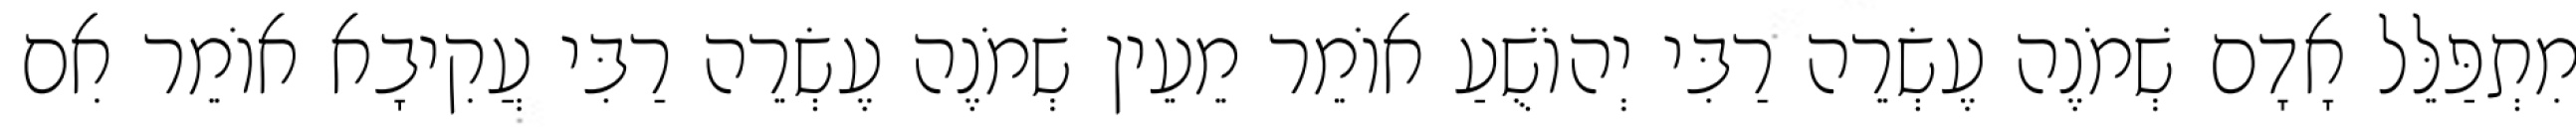
מִתְפַּלֵּל אָדָם שְׁמֹנֶה עֶשְׂרֵה רַבִּי יְהוֹשֻׁעַ אוֹמֵר מֵעֵין שְׁמֹנֶה עֶשְׂרֵה רַבִּי עֲקִיבָא אוֹמֵר אִם